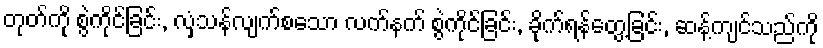
တုတ်ကို စွဲကိုင်ခြင်း, လှံသန်လျက်စသော လက်နက် စွဲကိုင်ခြင်း, ခိုက်ရန်တွေ့ခြင်း, ဆန့်ကျင်သည်ကို